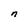
Character: n